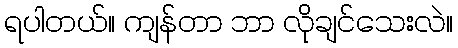
ရပါတယ်။ ကျန်တာ ဘာ လိုချင်သေးလဲ။